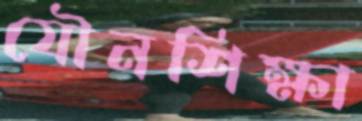
যৌনশিক্ষা